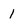
Character: 1